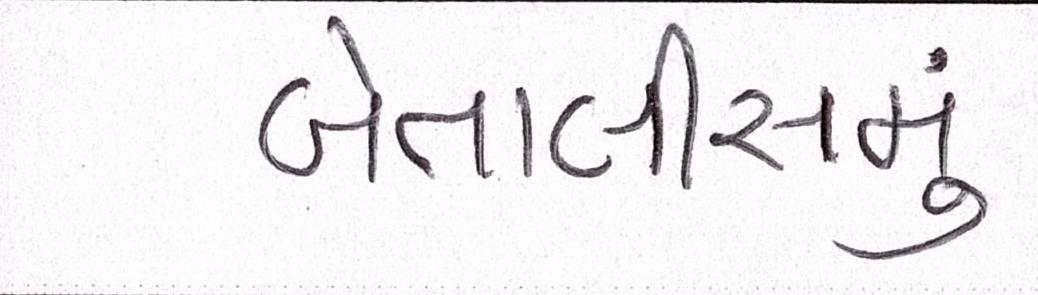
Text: બેતાલીસમું